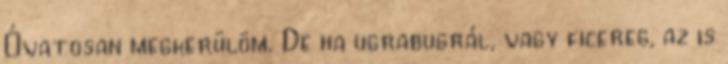
Óvatosan megkerülöm. De ha ugrabugrál, vagy ficereg, az is